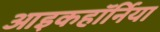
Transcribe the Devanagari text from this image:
आइकहॉर्निया